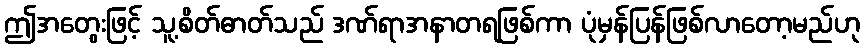
ဤအတွေးဖြင့် သူ့စိတ်ဓာတ်သည် ဒဏ်ရာအနာတရဖြစ်ကာ ပုံမှန်ပြန်ဖြစ်လာတော့မည်ဟု